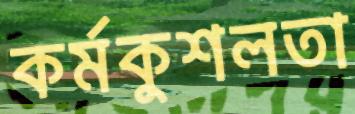
কর্মকুশলতা